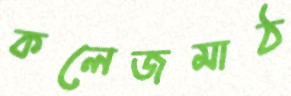
কলেজমাঠ